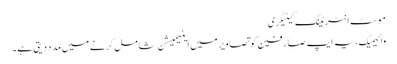
موسٹ انٹرٹینگ کیٹیگری
وائیمیگ، یہ ایپ صارفین کو تصاویر میں اینیمیشن شامل کرنے میں مدد دیتی ہے۔